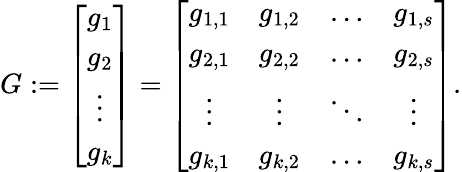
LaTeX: G:=\left[\begin{array}{c}{g_{1}}\\ {g_{2}}\\ {\vdots}\\ {g_{k}}\end{array}\right]=\left[\begin{array}{cccc}{g_{1,1}}&{g_{1,2}}&{\ldots}&{g_{1,s}}\\ {g_{2,1}}&{g_{2,2}}&{\ldots}&{g_{2,s}}\\ {\vdots}&{\vdots}&{\ddots}&{\vdots}\\ {g_{k,1}}&{g_{k,2}}&{\ldots}&{g_{k,s}}\end{array}\right].